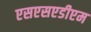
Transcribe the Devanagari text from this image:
एसएसएडीएम